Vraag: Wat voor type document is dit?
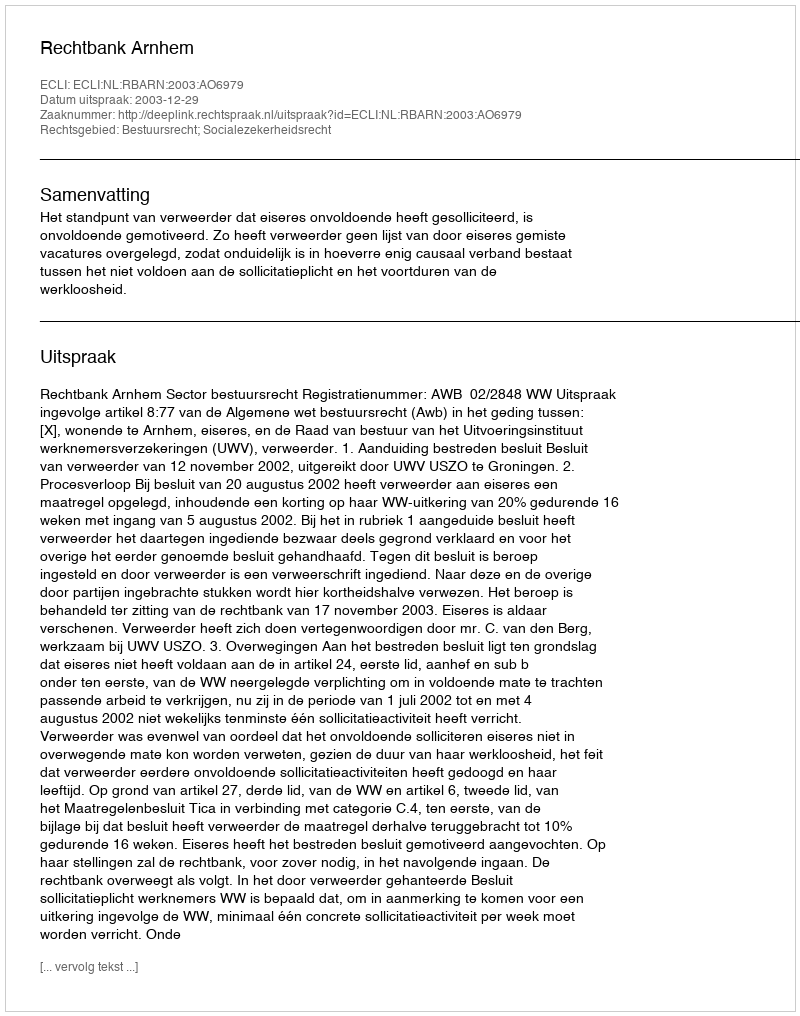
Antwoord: Uitspraak